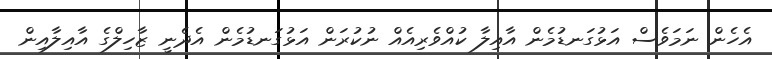
އެހެން ނަމަވެސް އަޅުގަނޑުމެން އާއިލާ ކުއްވެރިއެއް ނުކުރަން އަޅުގަނޑުމެން އެދެނީ ޒާހިލްގެ އާއިލާއިން